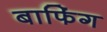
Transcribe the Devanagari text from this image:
बाफिंग